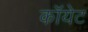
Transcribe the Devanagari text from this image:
कॉयेट